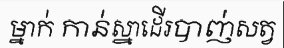
ម្នាក់ កាន់ស្នាដើរបាញ់សត្វ